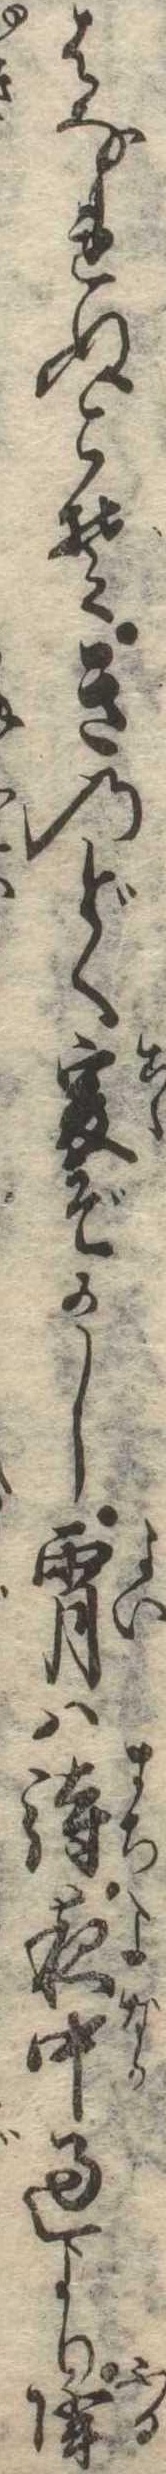
はなれぬこそきのどく爰ぞかし宵は待夜中過より降